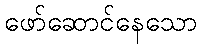
ဖော်ဆောင်နေသော